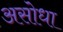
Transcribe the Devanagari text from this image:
असोधा